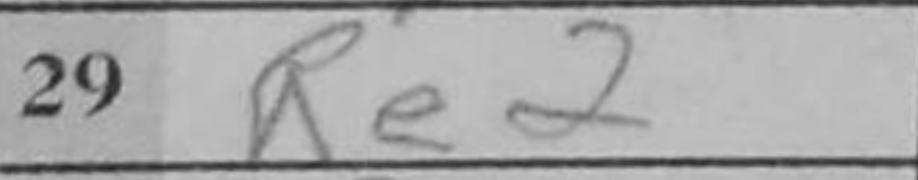
Transcription: Re2